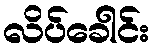
လိပ်ခေါင်း